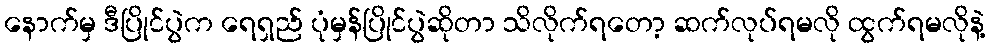
နောက်မှ ဒီပြိုင်ပွဲက ရေရှည် ပုံမှန်ပြိုင်ပွဲဆိုတာ သိလိုက်ရတော့ ဆက်လုပ်ရမလို ထွက်ရမလိုနဲ့